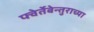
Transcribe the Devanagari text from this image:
फ्वेर्तेबेन्तुराच्या